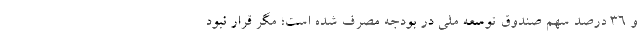
و ۳۶ درصد سهم صندوق توسعه ملی در بودجه مصرف شده است؛ مگر قرار نبود